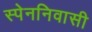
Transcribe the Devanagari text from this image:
स्पेननिवासी